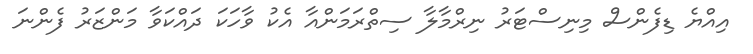
އިއްޔެ ޑިފެންސް މިނިސްޓަރު ނިރްމާލާ ސިތްރަމަންއާ އެކު ވާހަކަ ދައްކަވާ މަންޒަރު ފެންނަ